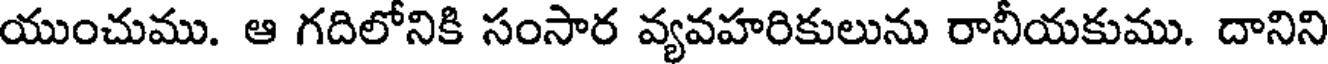
యుంచుము. ఆ గదిలోనికి సంసార వ్యవహరికులును రానీయకుము. దానిని